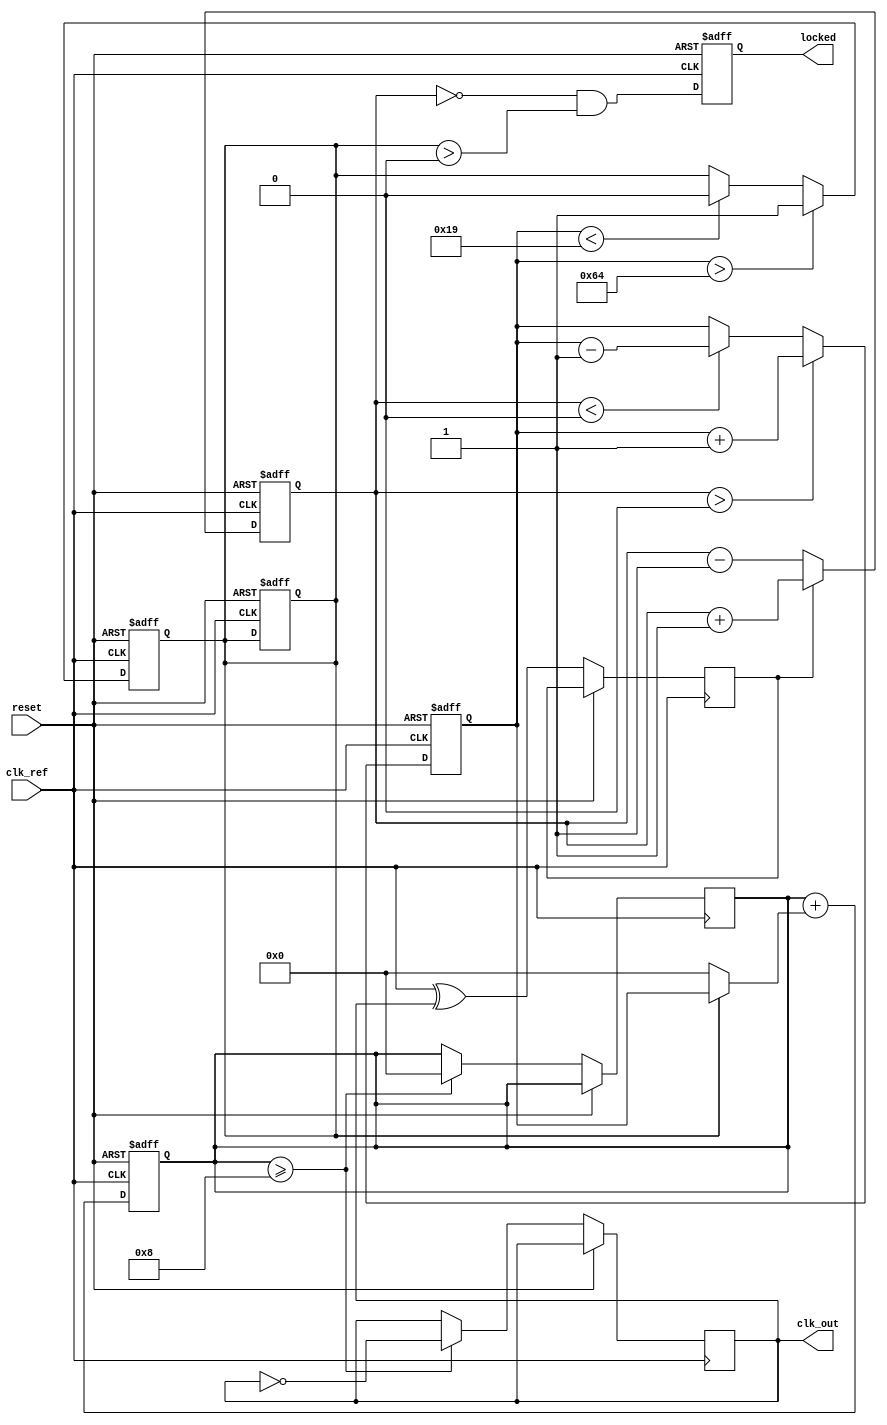
module integer_N_PLL (
    input wire clk_ref,        // Reference clock input
    input wire reset,          // Asynchronous reset
    output wire clk_out,       // Output clock signal
    output wire locked         // Indicates if PLL is locked
);
    // Parameters
    parameter N = 4;           // Division factor
    parameter VCO_MAX_FREQ = 100; // Maximum frequency of VCO
    parameter VCO_MIN_FREQ = 25;  // Minimum frequency of VCO
    parameter LOOP_FILTER_BW = 10; // Loop filter bandwidth

    // Internal signals
    reg [31:0] vco_count;
    reg vco_enable;
    wire phase_error;
    reg [31:0] charge_pump_out;
    reg [31:0] control_voltage;

    // Phase Detector (PD)
    always @(posedge clk_ref or posedge reset) begin
        if (reset) begin
            charge_pump_out <= 0;
        end else begin
            // Simple phase error detection (1-bit)
            phase_error <= clk_ref ^ clk_out; // XOR gives phase difference
            if (phase_error) begin
                charge_pump_out <= charge_pump_out + 1; // Increase error
            end else begin
                charge_pump_out <= charge_pump_out - 1; // Decrease error
            end
        end
    end

    // Charge Pump (CP)
    always @(posedge clk_ref or posedge reset) begin
        if (reset) begin
            control_voltage <= VCO_MIN_FREQ;
            vco_enable <= 0;
        end else begin
            if (charge_pump_out > 0) begin
                control_voltage <= control_voltage + 1;
            end else if (charge_pump_out < 0) begin
                control_voltage <= control_voltage - 1;
            end
        end
    end

    // Voltage-Controlled Oscillator (VCO)
    always @(posedge clk_ref or posedge reset) begin
        if (reset) begin
            vco_count <= 0;
            vco_enable <= 0;
        end else begin
            // Adjust the VCO frequency based on control voltage
            if (control_voltage > VCO_MAX_FREQ) begin
                vco_enable <= 1;
            end else if (control_voltage < VCO_MIN_FREQ) begin
                vco_enable <= 0;
            end
            vco_count <= vco_count + (vco_enable ? control_voltage : 0);
        end
    end

    // Feedback Divider
    reg [N-1:0] div_count;
    always @(posedge clk_ref or posedge reset) begin
        if (reset) begin
            div_count <= 0;
        end else if (vco_count >= (N * 2)) begin // Adjust frequency accordingly
            clk_out <= ~clk_out; // Generate output clock
            div_count <= div_count + 1;
            vco_count <= 0; // Reset count
        end
    end

    // Locking Mechanism
    always @(posedge clk_ref or posedge reset) begin
        if (reset) begin
            locked <= 0;
        end else begin
            // A simple locking mechanism based on phase consistency
            locked <= (charge_pump_out == 0) && (vco_enable > 0);
        end
    end
endmodule